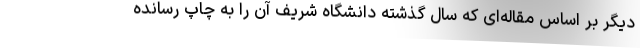
دیگر بر اساس مقاله‌ای که سال گذشته دانشگاه شریف آن را به چاپ رسانده